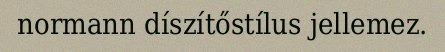
normann díszítőstílus jellemez.